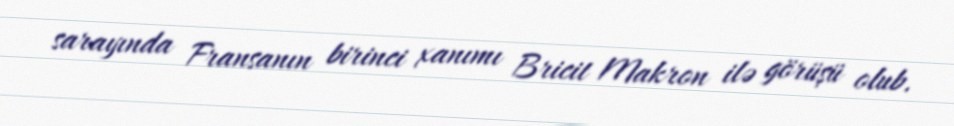
sarayında Fransanın birinci xanımı Bricit Makron ilə görüşü olub.